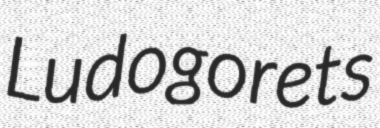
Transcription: Ludogorets